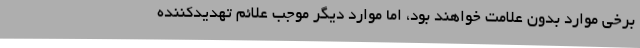
برخی موارد بدون علامت خواهند بود، اما موارد دیگر موجب علائم تهدیدکننده